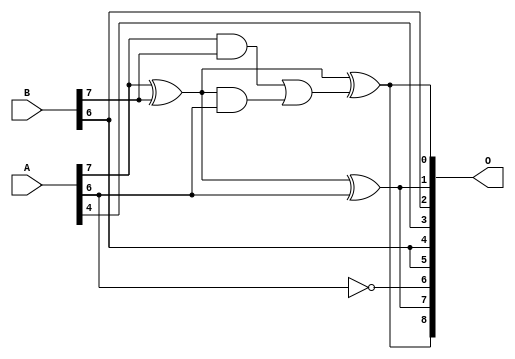
// This program was cloned from: https://github.com/ehw-fit/evoapproxlib
// License: MIT License

/***
* This code is a part of EvoApproxLib library (ehw.fit.vutbr.cz/approxlib) distributed under The MIT License.
* When used, please cite the following article(s): V. Mrazek, L. Sekanina, Z. Vasicek "Libraries of Approximate Circuits: Automated Design and Application in CNN Accelerators" IEEE Journal on Emerging and Selected Topics in Circuits and Systems, Vol 10, No 4, 2020 
* This file contains a circuit from a sub-set of pareto optimal circuits with respect to the pwr and mae parameters
***/
// MAE% = 8.28 %
// MAE = 21 
// WCE% = 26.17 %
// WCE = 67 
// WCRE% = 6300.00 %
// EP% = 98.49 %
// MRE% = 56.09 %
// MSE = 672 
// PDK45_PWR = 0.0042 mW
// PDK45_AREA = 11.7 um2
// PDK45_DELAY = 0.13 ns

module add8se_8UN (
    A,
    B,
    O
);

input [7:0] A;
input [7:0] B;
output [8:0] O;

wire sig_46,sig_48,sig_49,sig_50,sig_51,sig_52,sig_53,sig_54;

assign sig_46 = ~A[6];
assign sig_48 = A[7] ^ B[7];
assign sig_49 = A[7] & B[7];
assign sig_50 = sig_48 & A[6];
assign sig_51 = sig_48 ^ A[6];
assign sig_52 = sig_49 | sig_50;
assign sig_53 = A[7] ^ B[7];
assign sig_54 = sig_53 ^ sig_52;

assign O[8] = sig_54;
assign O[7] = sig_51;
assign O[6] = sig_46;
assign O[5] = B[6];
assign O[4] = B[6];
assign O[3] = A[4];
assign O[2] = B[6];
assign O[1] = sig_51;
assign O[0] = sig_54;

endmodule